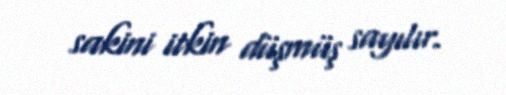
sakini itkin düşmüş sayılır.